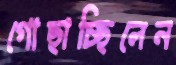
গোছাচ্ছিলেন